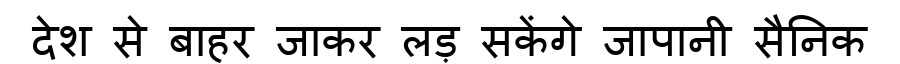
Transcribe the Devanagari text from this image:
देश से बाहर जाकर लड़ सकेंगे जापानी सैनिक